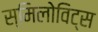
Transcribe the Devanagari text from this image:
स्मिलोविट्स